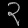
Digit: ၃